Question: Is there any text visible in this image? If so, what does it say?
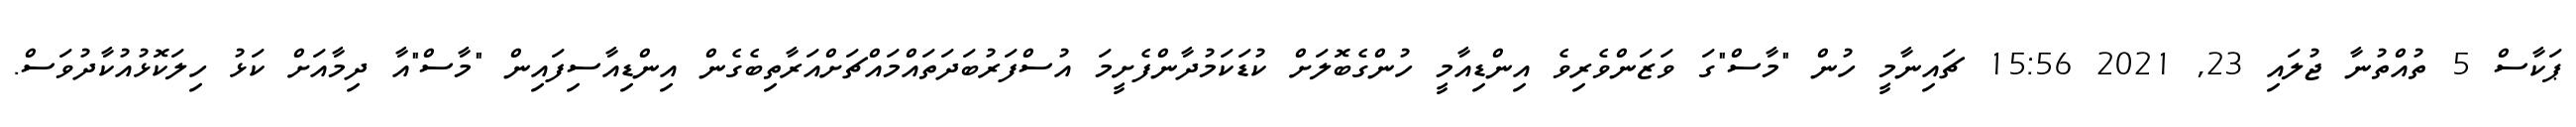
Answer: ޕަކާސް 5 ތުއްތުނާ ޖުލައި 23, 2021 15:56 ޗައިނާމީ ހުން "މާސް"ގަ ވަޒަންވެރިވެ އިންޑިއާމީ ހުންގެބޮލަށް ކުޑަކަމުދާންފެށީމަ އުސްފަރުބަދަތައްމައްޗަށްއަރާތިބެގެން އިންޑިއާސިފައިން "މާސް"އާ ދިމާއަށް ކަޅު ހިލަކޮޅުއުކާދުވަސް.